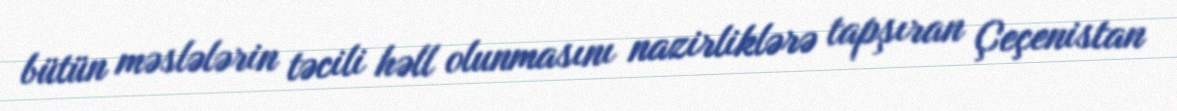
bütün məslələrin təcili həll olunmasını nazirliklərə tapşıran Çeçenistan